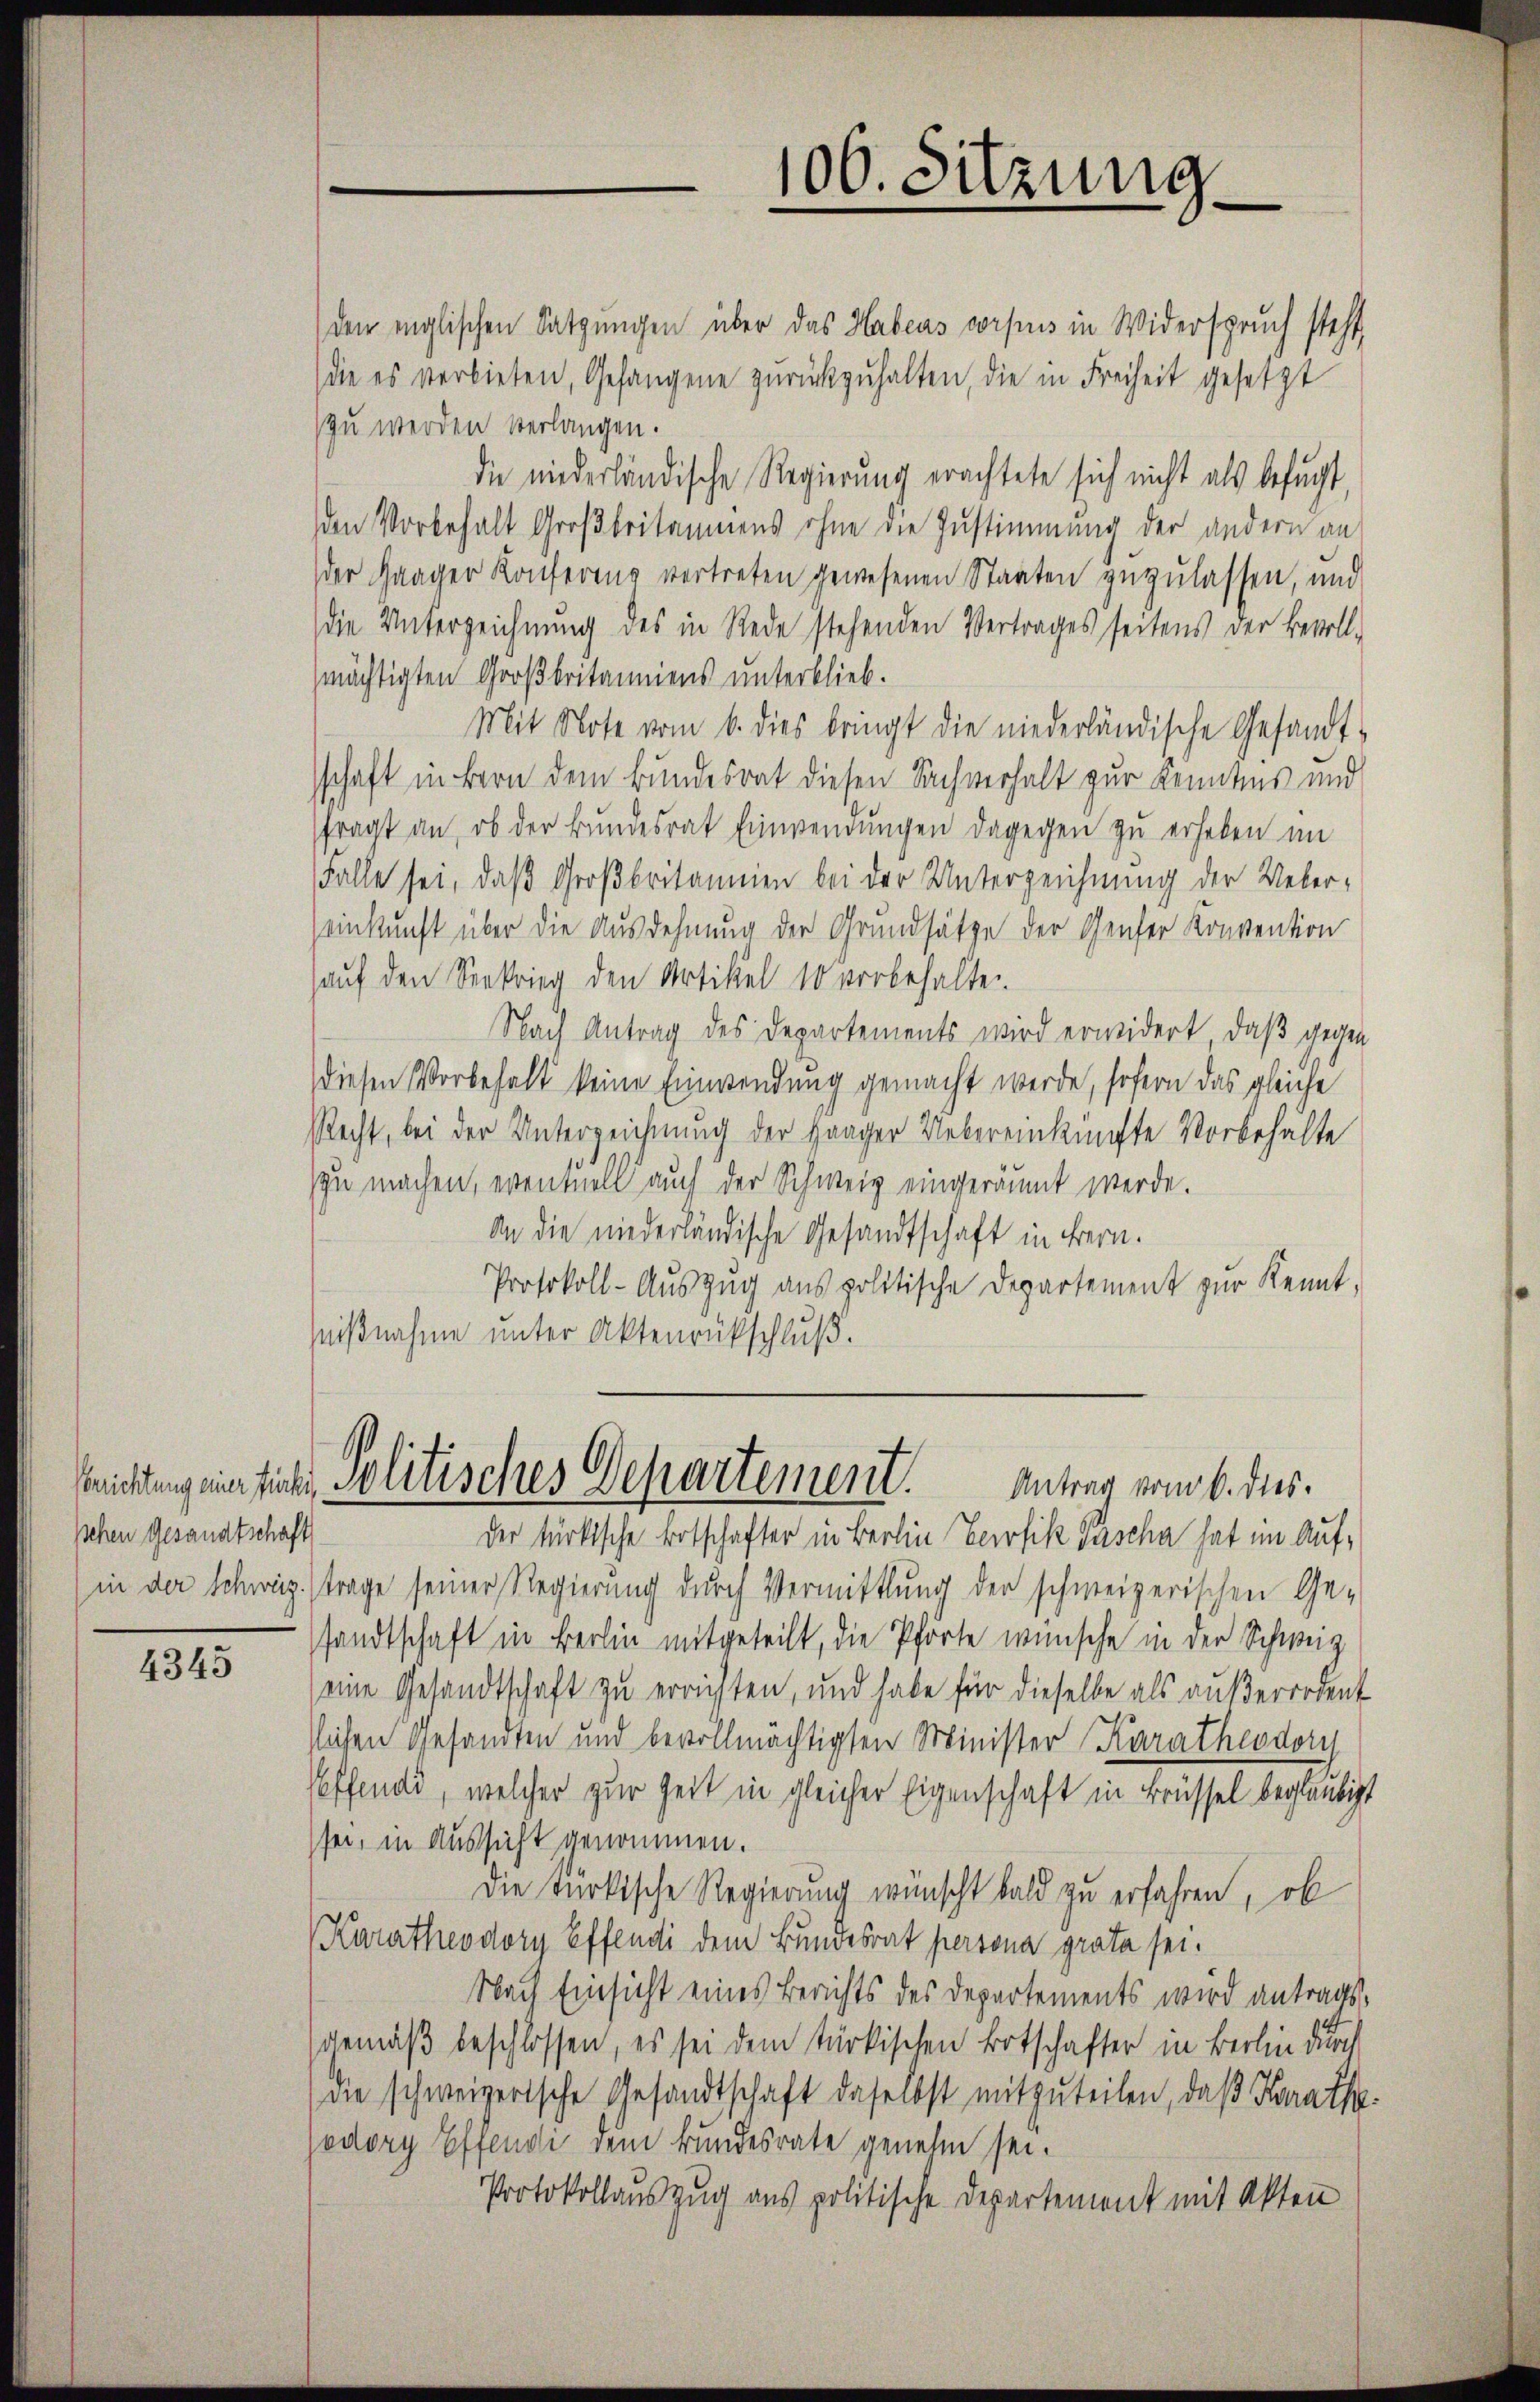
schen Gesandtschaft

4345

(die es verbieten, Gefangene zŭrückzŭhalten, die in Freiheit gesetzt
zu werden verlangen.
die niederländische Regierung erachtete sich nicht als befugt,
den Vorbehalt Großbritanniens ohne die Zustimmung der andern an
der Haager Konferenz vertreten gewesenen Staaten zuzulassen, und
die Unterzeichnung des in Rede stehenden Vertrages seitens der Bevoll-
mächtigten Großbritanniens unterblieb.
Mit Note vom 6. dies bringt die niederländische Gesandt-
schaft in Bern dem Bundesrat diesen Sachverhalt zur Kenntnis und
fragt an, ob der Bundesrat Einwendungen dagegen zu erheben im
Falle sei, daß Großbritannien bei der Unterzeichnung der Uebereinkunft über die Ausdehnung der Grundsätze der Genfer Konvention
hauf den Seekrieg den Artikel 10 vorbehalte
Nach Antrag des Departements wird erwidert, daß gegen
diesen Vorbehalt keine Einwendung gemacht werde, sofern das gleiche
Recht, bei der Unterzeichnung der Haager Uebereinkünfte Vorbehälte
zu machen, eventuell auch der Schweiz eingeräumt werde.
An die niederländische Gesandtschaft in Bern.
Protokoll-Aŭszŭg ans politische Departement zur Kennt-
hißnahme unter Aktenrückschluß.

106. Sitzung.

den englischen Satzungen über das Habens corpus in Widerspruch steht,

der türkische Botschafter in Berlin Verfik Pascha hat im Auf¬
(in der Schweiz.) trage seiner Regierung durch Vermittlung der schweizerischen Ge-
sandtschaft in Berlin mitgeteilt, die Pforte wünsche in der Schweiz
eine Gesandtschaft zu errichten, und habe für dieselbe als außerordent
slichen Gesandten und bevollmächtigten Minister Karatheodor
Peffend, welcher zur Zeit in gleicher Eigenschaft in Brüssel beglaubigt
sei, in Aussicht genommen.
Die türkische Regierung wünscht bald zu erfahren, ob
Kuratheodory Effendi dem Bundesrat persona grata sei.
Nach Einsicht eines Berichts des Departements wird antragsgemäß beschlossen, es sei dem türkischen Botschafter in Berlin durch
die schweizerische Gesandtschaft daselbst mitzuteilen, daß Kathajodory Effendi dem Bundesrate genehm sei.
Protokollauszug aus politische Departement mit Akten

Genichtung eine sich, Politisches Departement. Antrag vom 6. des